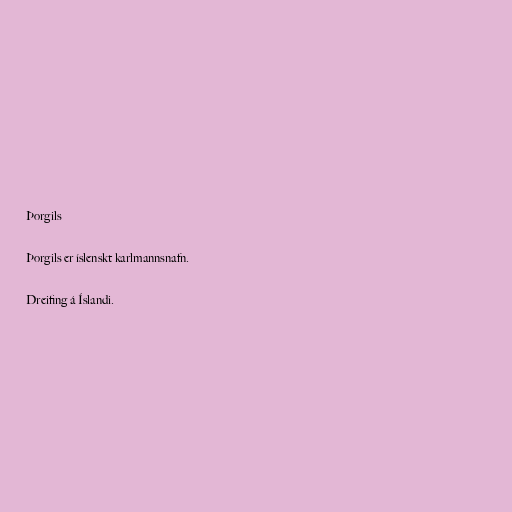
Þorgils

Þorgils er íslenskt karlmannsnafn.

Dreifing á Íslandi.